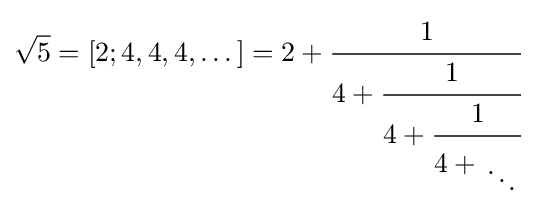
{\sqrt {5}}=[2;4,4,4,\ldots {}]=2+{\cfrac {1}{4+{\cfrac {1}{4+{\cfrac {1}{4+{{\vphantom {x}} \atop \displaystyle \ddots }}}}}}}